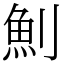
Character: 魝